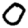
Digit: 0